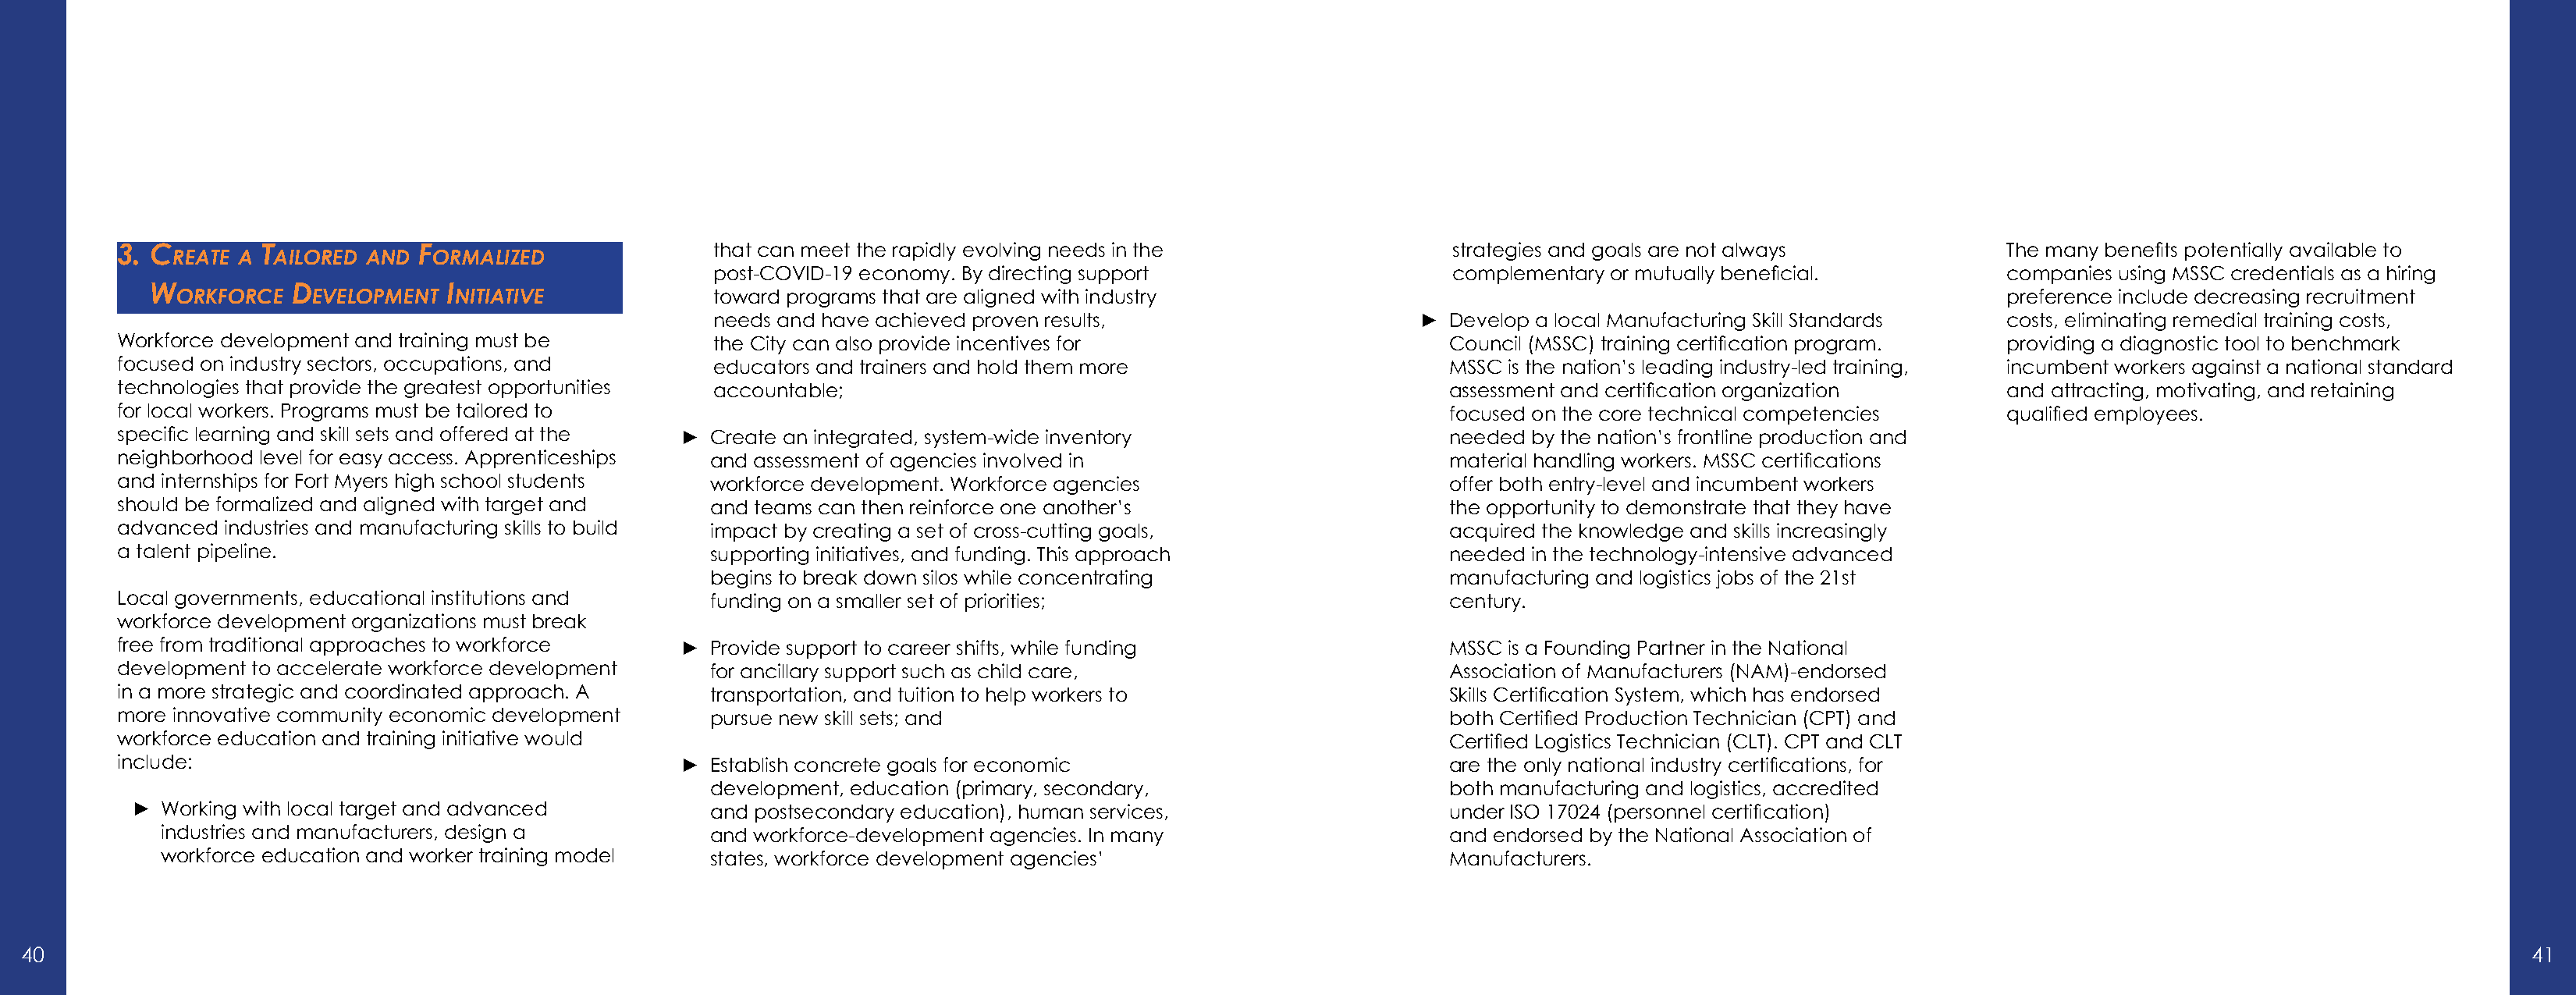
3. C        t            F                        that can meet the rapidly evolving needs in the                strategies and goals are not always            The many benefits potentially available to
 reAte A AIlored And   ormAlIzed
 post-COVID-19 economy. By directing support                    complementary or mutually beneficial.          companies using MSSC credentials as a hiring
 w           d            I
 orkForCe   evelopment   nItIAtIve            toward programs that are aligned with industry                                                                preference include decreasing recruitment
 needs and have achieved proven results,                     ►  Develop a local Manufacturing Skill Standards  costs, eliminating remedial training costs,
 Workforce development and training must be        the City can also provide incentives for                       Council (MSSC) training certification program. providing a diagnostic tool to benchmark
 focused on industry sectors, occupations, and     educators and trainers and hold them more                      MSSC is the nation’s leading industry-led training, incumbent workers against a national standard
 technologies that provide the greatest opportunities accountable;                                                assessment and certification organization      and attracting, motivating, and retaining
 for local workers. Programs must be tailored to                                                                  focused on the core technical competencies     qualified employees.
 specific learning and skill sets and offered at the ► Create an integrated, system-wide inventory                needed by the nation’s frontline production and
 neighborhood level for easy access. Apprenticeships and assessment of agencies involved in                       material handling workers. MSSC certifications
 and internships for Fort Myers high school students workforce development. Workforce agencies                    offer both entry-level and incumbent workers
 should be formalized and aligned with target and  and teams can then reinforce one another’s                     the opportunity to demonstrate that they have
 advanced industries and manufacturing skills to build impact by creating a set of cross-cutting goals,           acquired the knowledge and skills increasingly
 a talent pipeline.                                supporting initiatives, and funding. This approach             needed in the technology-intensive advanced
 begins to break down silos while concentrating                 manufacturing and logistics jobs of the 21st
 Local governments, educational institutions and   funding on a smaller set of priorities;                        century.
 workforce development organizations must break
 free from traditional approaches to workforce   ► Provide support to career shifts, while funding                MSSC is a Founding Partner in the National
 development to accelerate workforce development   for ancillary support such as child care,                      Association of Manufacturers (NAM)-endorsed
 in a more strategic and coordinated approach. A   transportation, and tuition to help workers to                 Skills Certification System, which has endorsed
 more innovative community economic development    pursue new skill sets; and                                     both Certified Production Technician (CPT) and
 workforce education and training initiative would                                                                Certified Logistics Technician (CLT). CPT and CLT
 include:                                        ► Establish concrete goals for economic                          are the only national industry certifications, for
 development, education (primary, secondary,                    both manufacturing and logistics, accredited
 ►  Working with local target and advanced        and postsecondary education), human services,                  under ISO 17024 (personnel certification)
 industries and manufacturers, design a        and workforce-development agencies. In many                    and endorsed by the National Association of
 workforce education and worker training model states, workforce development agencies’                        Manufacturers.
 40                                                                                                                                                                                                                   41